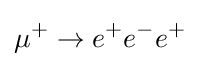
\mu ^{+}\to e^{+}e^{-}e^{+}